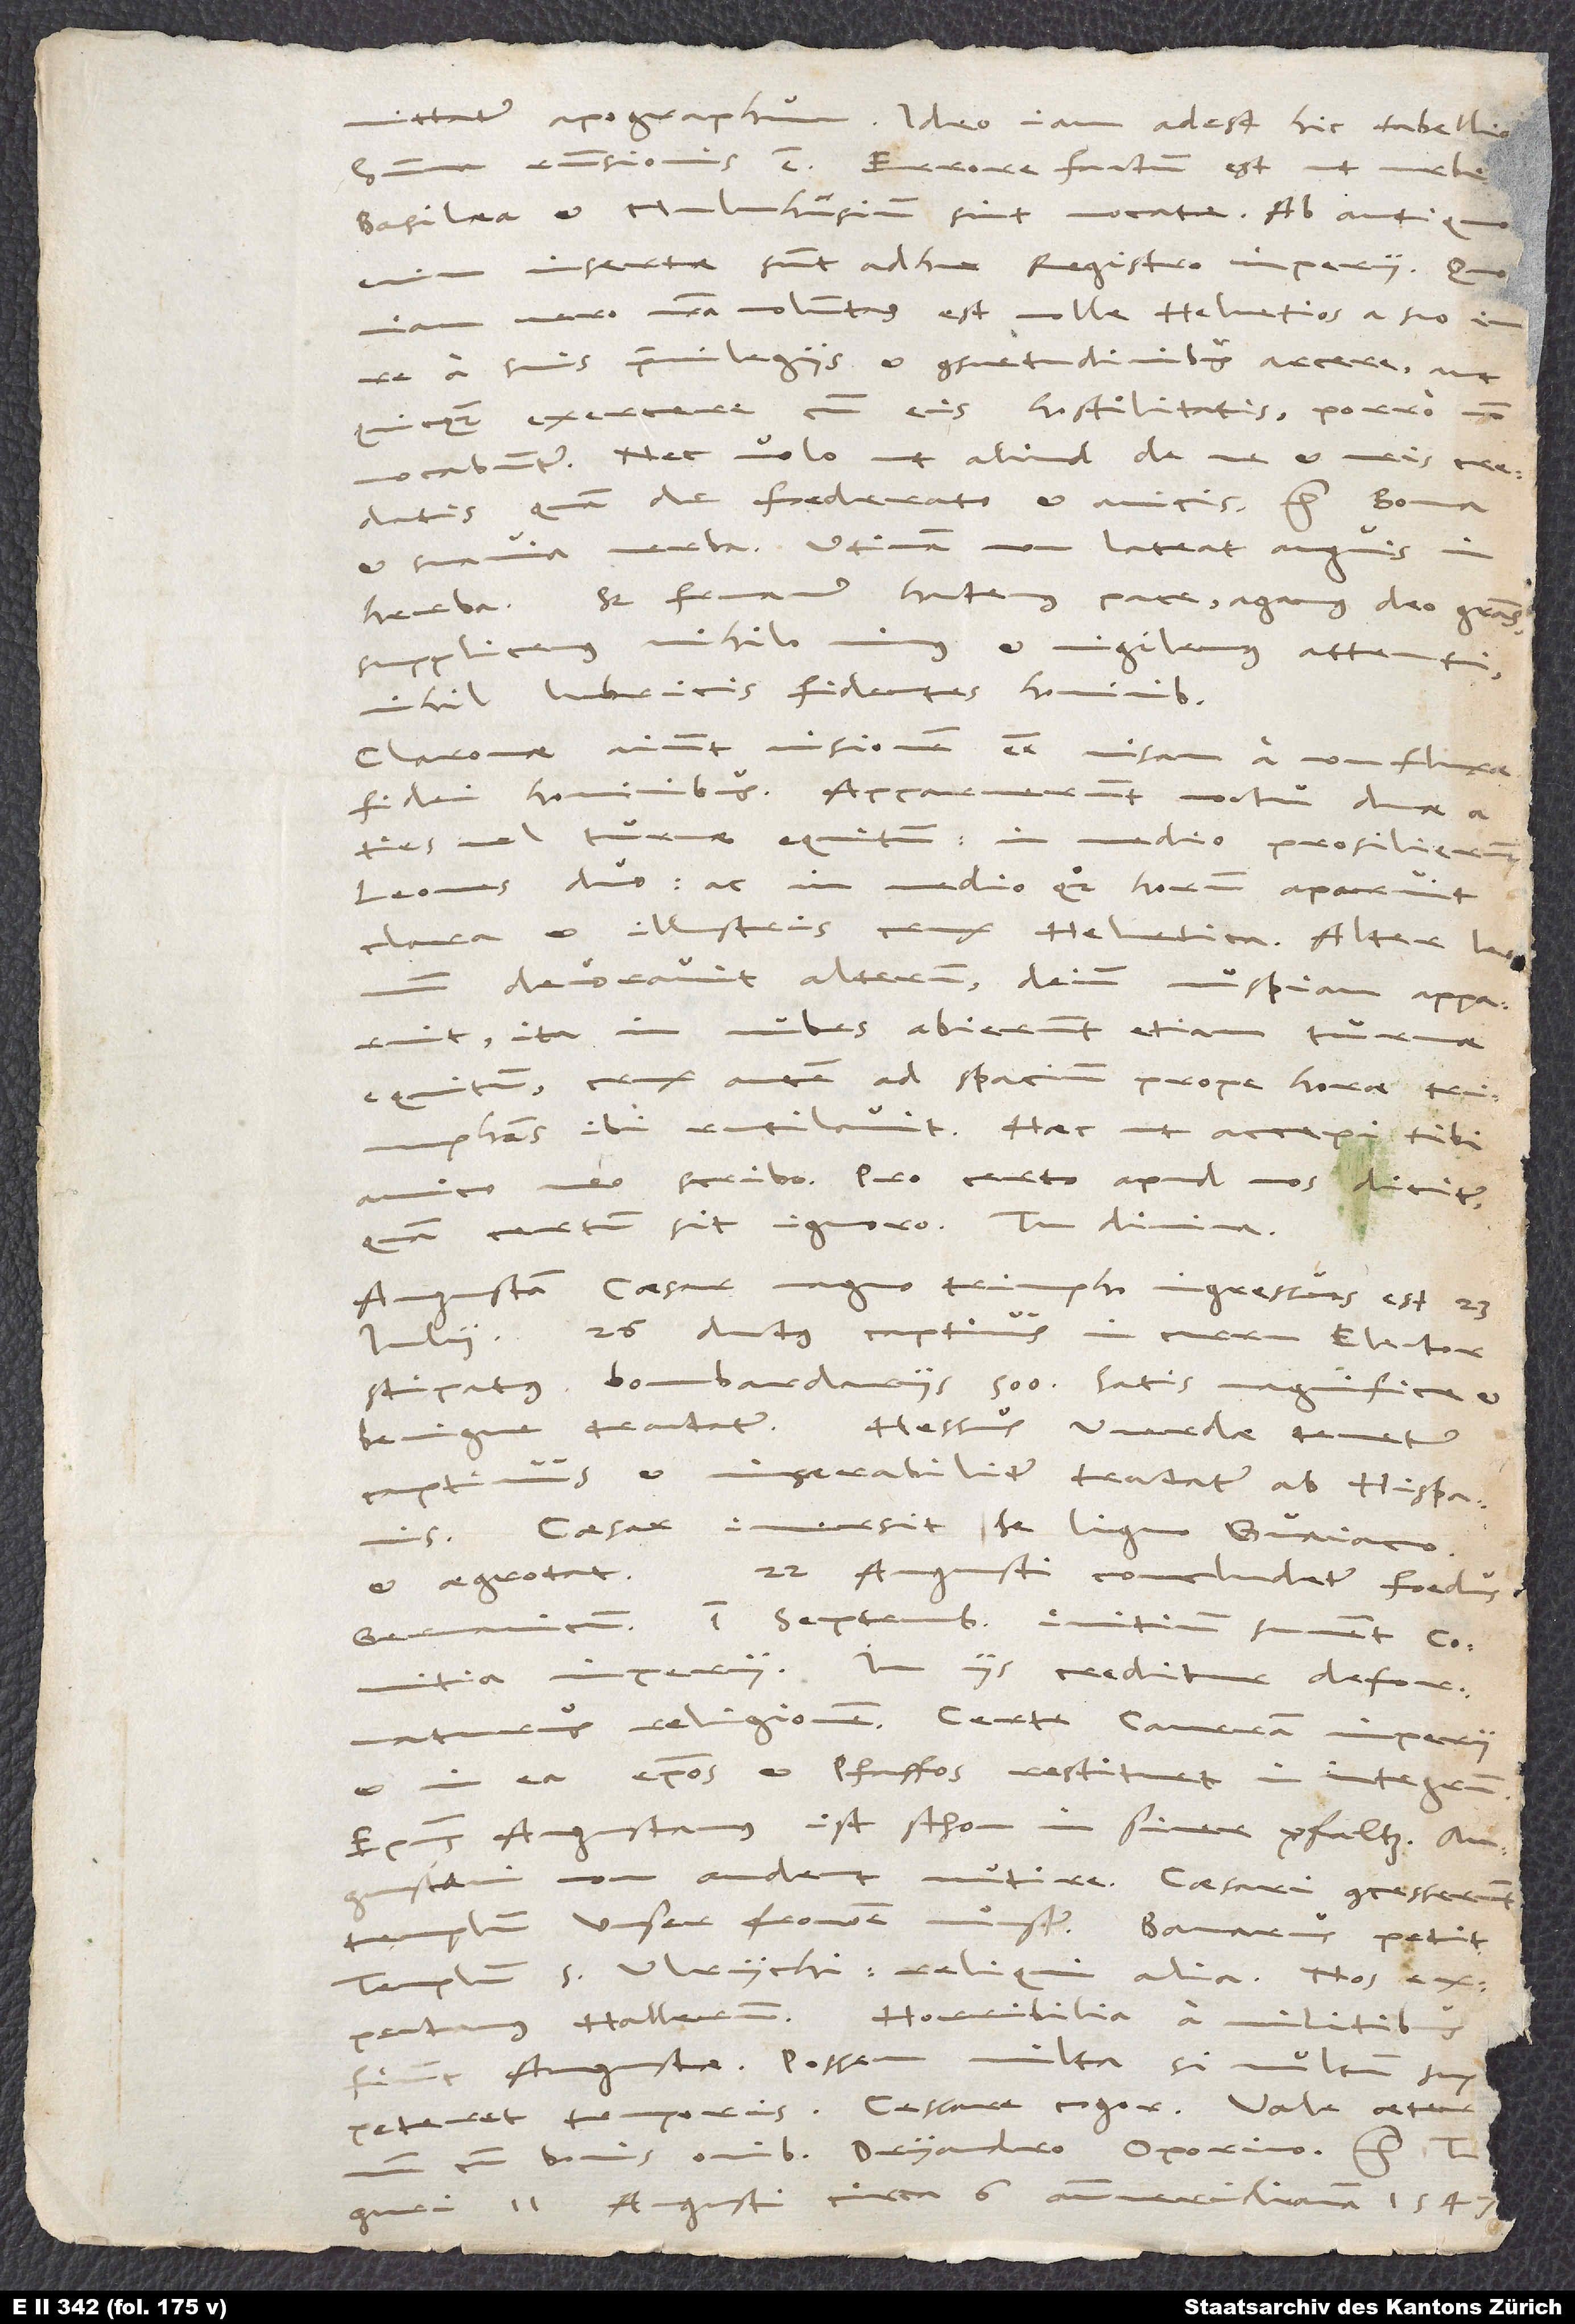
mittatur apographum. Ideo iam adest hic tabellio.
responsionis est: Errore factum est, ut urbes
Basilaea et Mulnhusium sint vocatae. Ab antiquo
insertae sunt adhuc registro imperii. Quoniam
vero nostra voluntas est nolle Helvetios a suo iure,
a suis privilegiis et consuetudinibus arcere, aut
quicquam exercere cum eis hostilitatis, porro non
vocabuntur. „Nec volo, ut aliud de me et meis credatis
quam de foederato et amicis“, etc. Bona
et suavia verba! Utinam non lateat anguis in
herba! Sed fruamur hactenus pace, agamus deo gratias,
supplicemus nihilominus et vigilemus attenti
nihil lubricis fidentes hominibus!
Claronae aiunt visionem esse visam a non fluxae
fidei hominibus! Apparuerunt noctu duae
vel turmae equitum. In medio prosilierunt
leones duo, ac in medio quoque horum aparuit
clara et illustris crux Helvetica. Alter leonum
devoravit alterum; deinde nuspiam apparuit.
Ita in nubes abierunt etiam turmae
equitum. Crux autem ad spacium prope horae triumphans
ibi rutilavit. Haec, ut accepi, tibi,
meo, scribo. Pro certo apud nos dicitur;
certum sit, ignoro. Tu divina.
Augustam caesar magno triumpho ingressus est 23.
iulii. 26. ductus captivus in curru elector,
stipatus bombardariis 500. Satis magnifice et
benigne tractatur. Hessus Werdae tenetur
captivus et miserabiliter tractatur ab Hispanis.
Caesar immersit se ligno Guaiaco
22. augusti concludetur foedus
et aegrotat.
Germanicum. 1. septembris initium sument comitia
imperii. In iis creditur deformaturus
religionem. Certe cameram imperii
et in ea episcopos et pfaffos restituet in integrum.
Episcopus Augustanus ist schon in siner pfaltz.
Augustani non audent mutire. Caesari concesserunt
S.
templum „Unser frowen münster“. Bavarus petit
templum S. Ulrychi; reliqui alia.
expectamus Hallerum. Horribilia a militibus
fiunt Augustae. Possem multa, si multum
bonis omnibus, Dryandro, Oporino, etc.
Tiguri, 11. augusti circa 6. antemeridianam 1547.